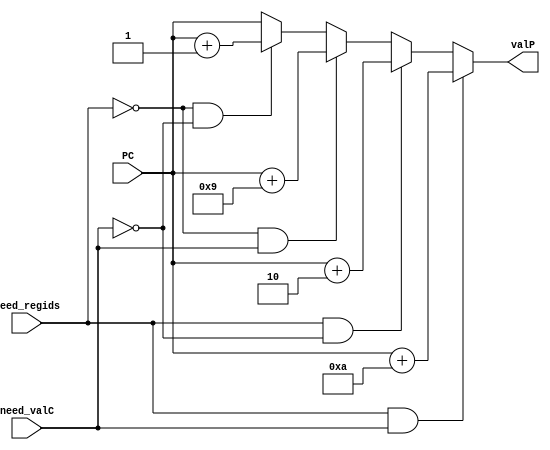
module pcIncrement(
    output reg [63:0]valP,
    input need_regids,
    input need_valC,
    input [63:0]PC
);

always @*
begin
    if(need_regids&need_valC)
    begin
    valP<=PC+10;
    end
    else if(need_regids&~need_valC)
    begin
    valP<=PC+2;
    end
    else if(~need_regids&need_valC)
    begin
    valP<=PC+9;
    end
    else if (~need_regids&~need_valC)
    begin
    valP<=PC+1;
    end
    else
    valP<=PC;   //Condition so that initially valP=PC instead of PC=1
   // valP = PC + 1 + need_regids + 8*need_valC;
end
endmodule